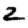
Digit: 2